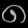
Digit: ၈